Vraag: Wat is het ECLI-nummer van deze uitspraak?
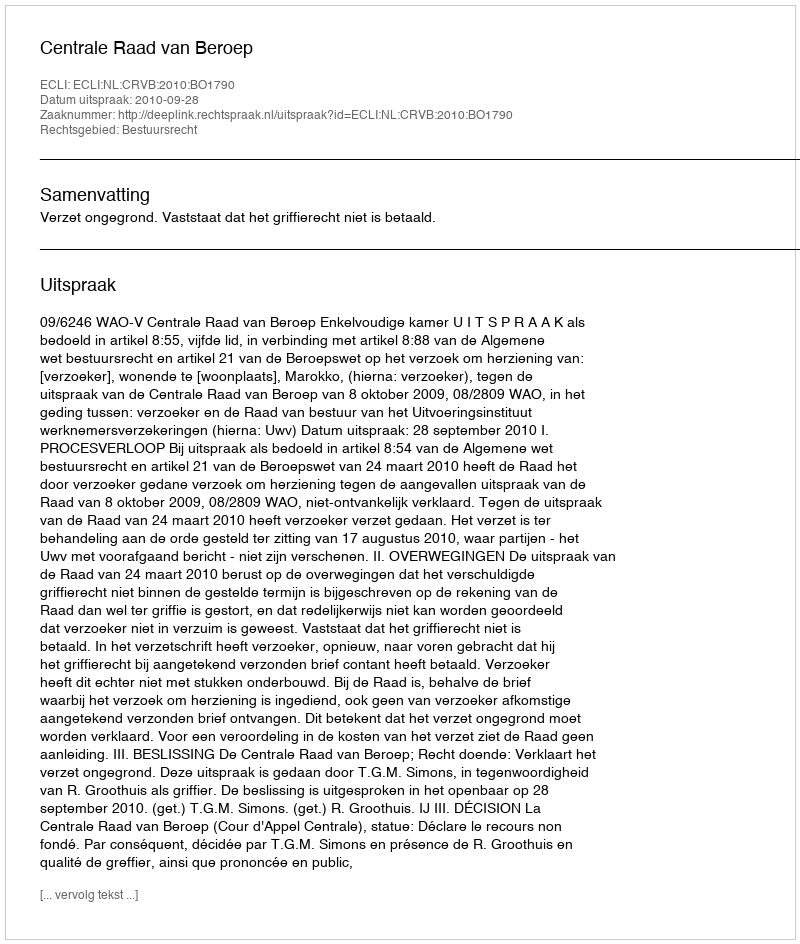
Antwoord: ECLI:NL:CRVB:2010:BO1790